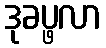
ဒုခပ္ဖလာ